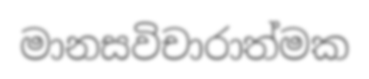
මානසවිචාරාත්මක